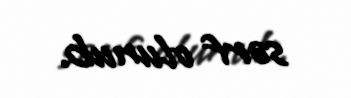
sərf olunub.